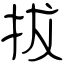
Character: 拔